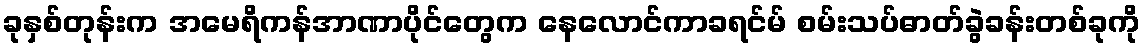
ခုနှစ်တုန်းက အမေရိကန်အာဏာပိုင်တွေက နေလောင်ကာခရင်မ် စမ်းသပ်ဓာတ်ခွဲခန်းတစ်ခုကို